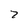
Character: 7